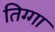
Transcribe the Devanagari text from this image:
तिग्गा